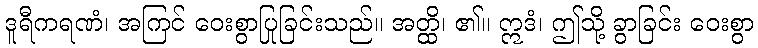
ဒူရီကရဏံ၊ အကြင် ဝေးစွာပြုခြင်းသည်။ အတ္ထိ၊ ၏။ ဣဒံ၊ ဤသို့ ခွာခြင်း ဝေးစွာ